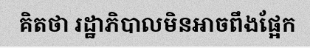
គិតថា រដ្ឋាភិបាលមិនអាចពឹងផ្អែក